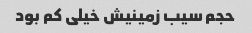
حجم سیب زمینیش خیلی کم بود